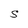
Character: S